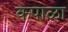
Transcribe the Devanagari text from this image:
कपाळा